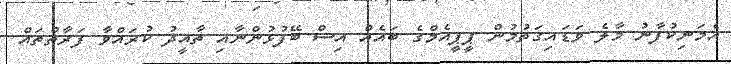
އެމަނިކުފާނު މާލެ ވަޑައިގަތުމުން ޕީޕީއެމްގެ ބައެއް އިސް ބޭފުޅުންނާއި ތާއީދު ކުރައްވާ ފަރާތްތައް